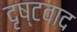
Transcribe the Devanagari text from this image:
दृष्टवाद